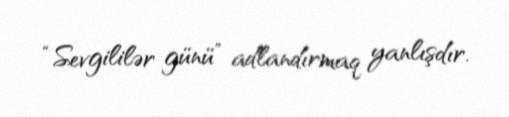
“Sevgililər günü” adlandırmaq yanlışdır.